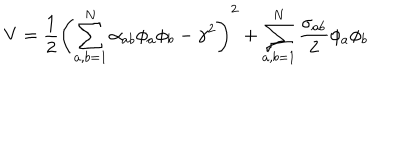
LaTeX: V = \frac { 1 } { 2 } \left( \sum _ { a , b = 1 } ^ { N } \alpha _ { a b } \phi _ { a } \phi _ { b } - \gamma ^ { 2 } \right) ^ { 2 } + \sum _ { a , b = 1 } ^ { N } \frac { \sigma _ { a b } } { 2 } \phi _ { a } \phi _ { b }